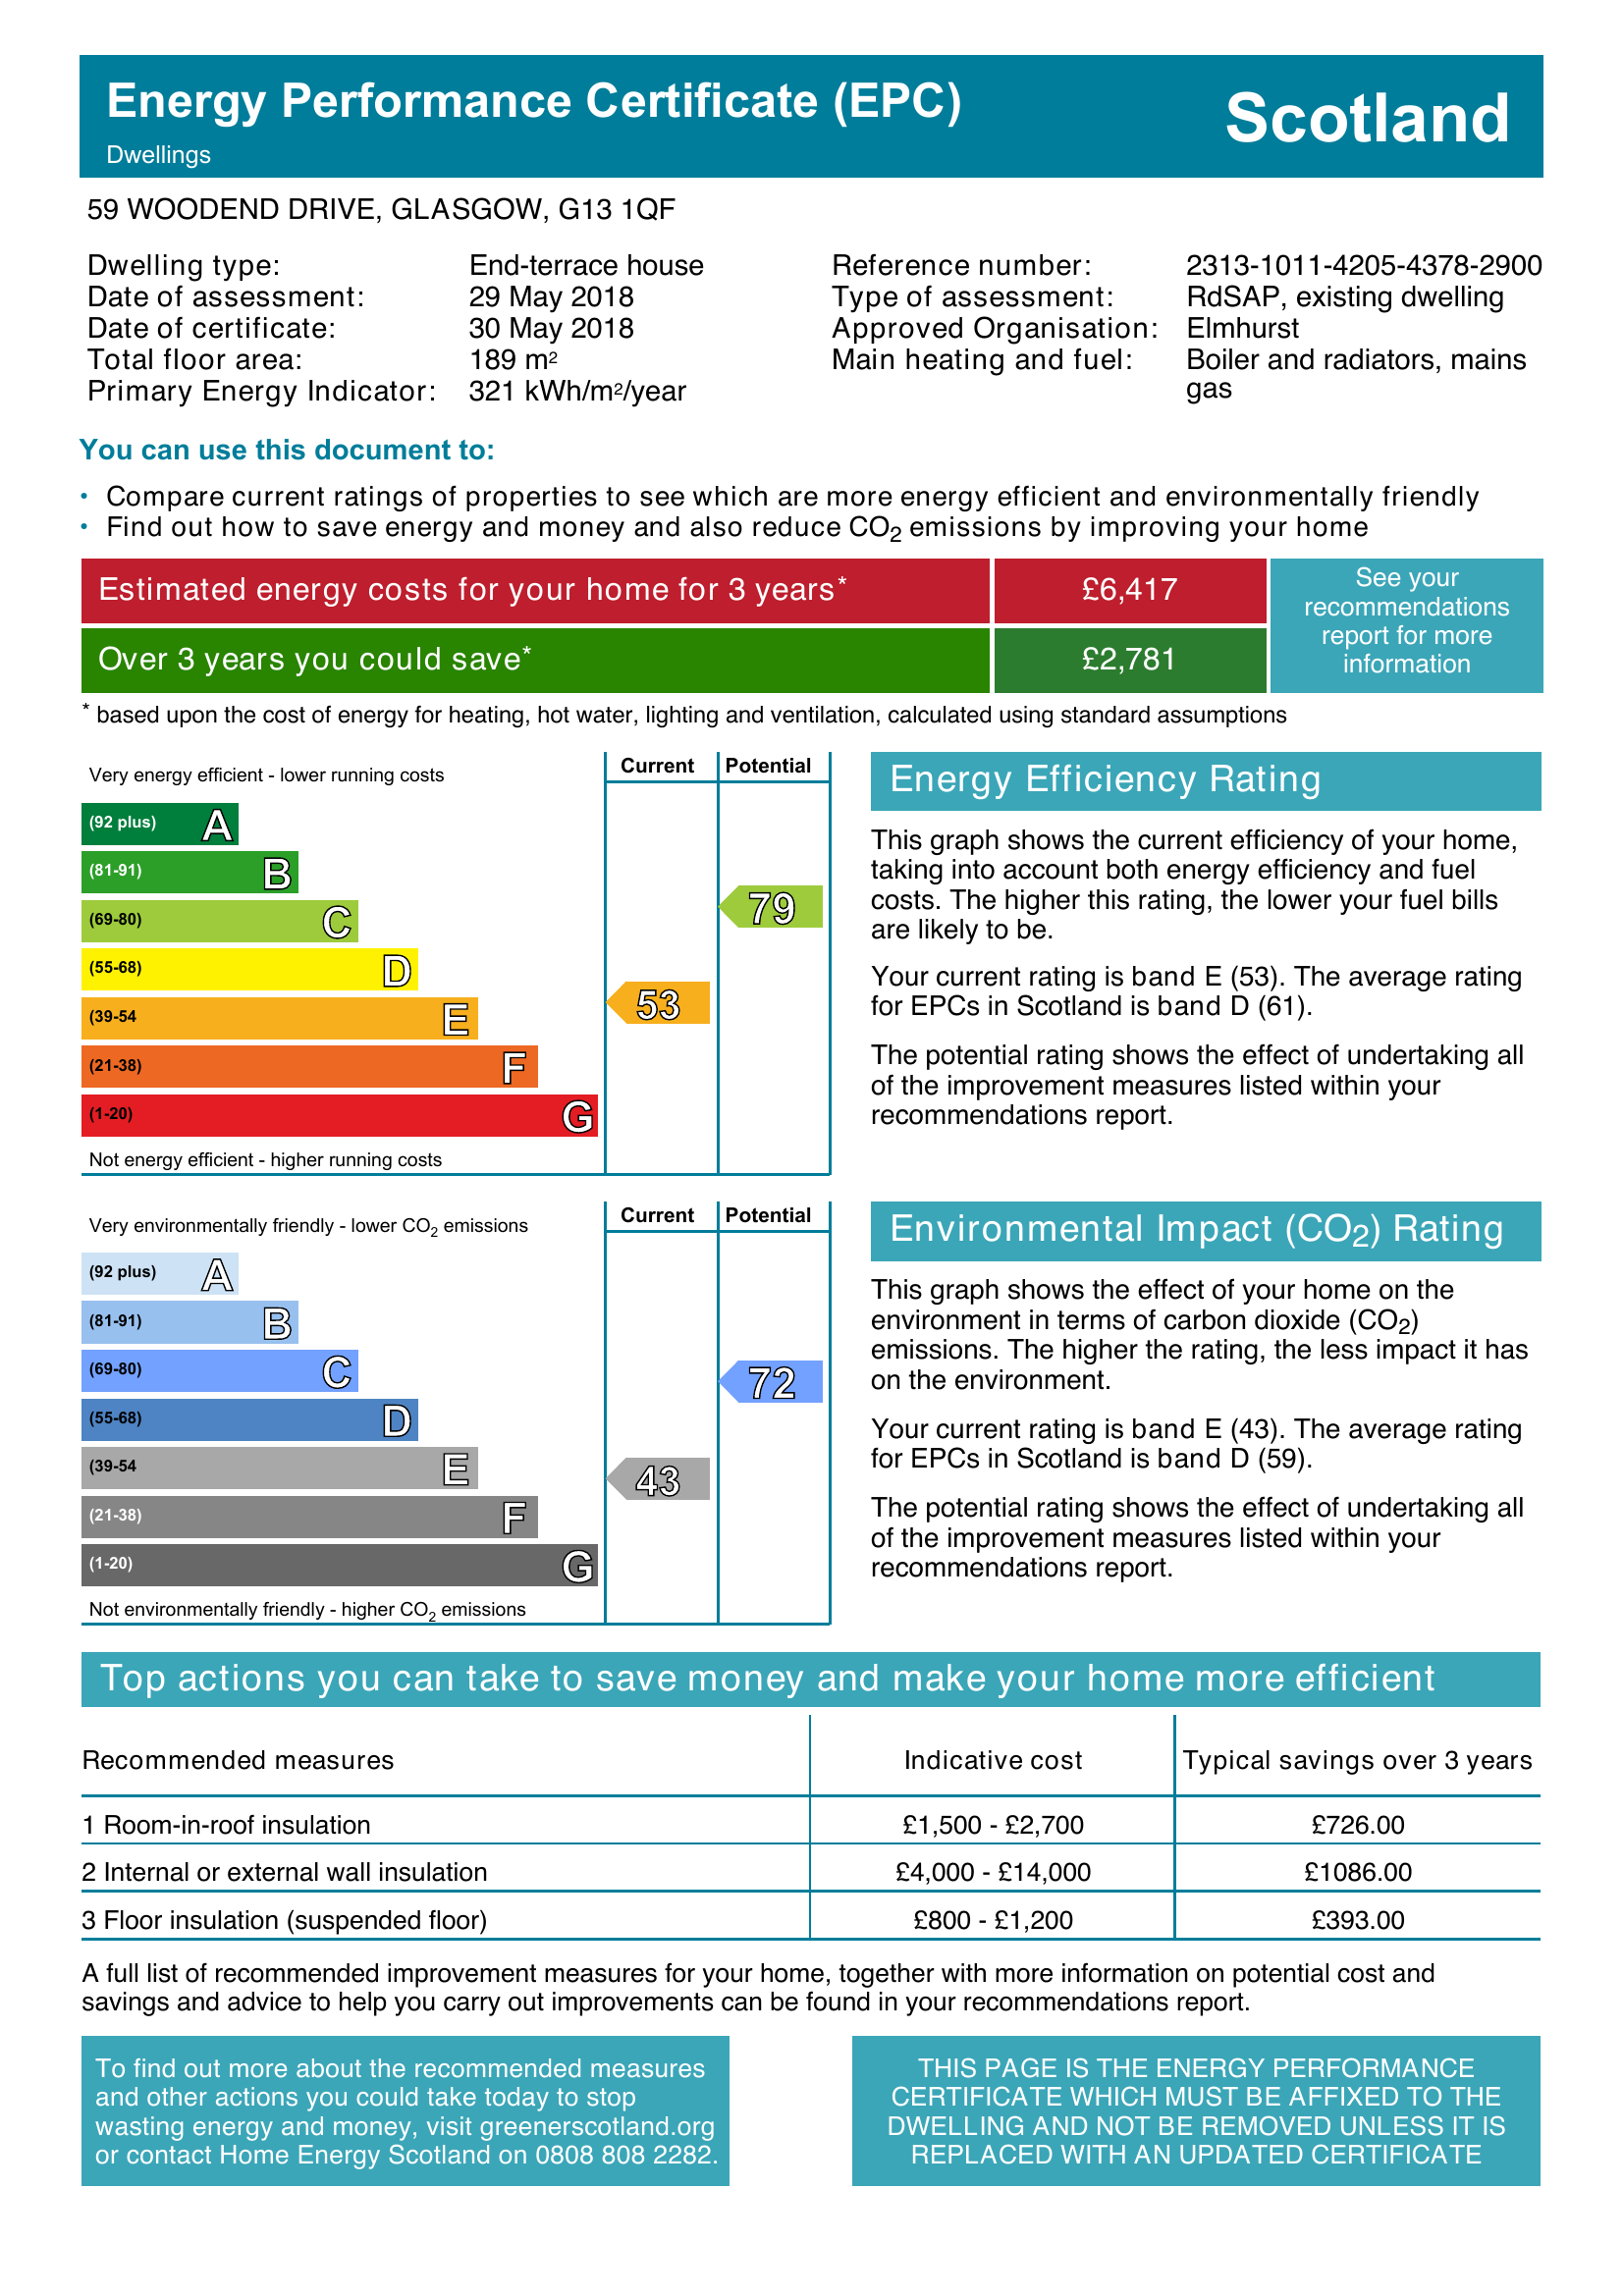
Current energy efficiency rating: E (score 53)
Potential energy efficiency rating: C (score 79)
Current environmental impact (CO2) rating: E (score 43)
Potential environmental impact (CO2) rating: C (score 72)